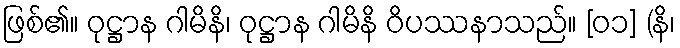
ဖြစ်၏။ ဝုဋ္ဌာန ဂါမိနိ၊ ဝုဋ္ဌာန ဂါမိနိ ဝိပဿနာသည်။ [၀၁] (နိ၊